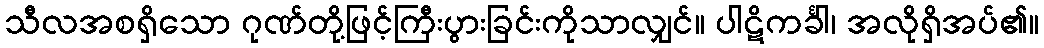
သီလအစရှိသော ဂုဏ်တို့ဖြင့်ကြီးပွားခြင်းကိုသာလျှင်။ ပါဋိကင်္ခါ၊ အလိုရှိအပ်၏။